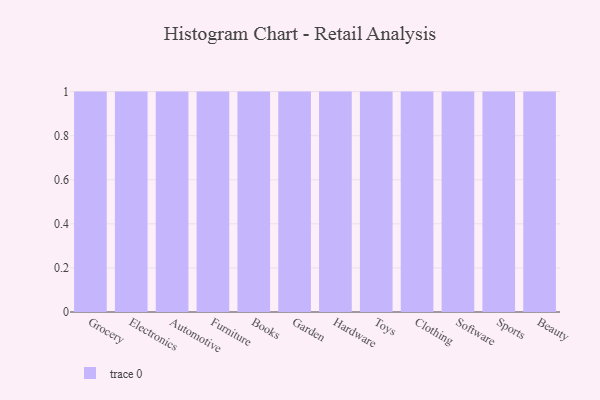
{"axis": {"x": "Category", "y": "Waste Production (Tons)"}, "legend": [""], "data": [{"x": "Grocery", "y": 40, "type": ""}, {"x": "Electronics", "y": 97, "type": ""}, {"x": "Automotive", "y": 63, "type": ""}, {"x": "Furniture", "y": 10, "type": ""}, {"x": "Books", "y": 76, "type": ""}, {"x": "Garden", "y": 10, "type": ""}, {"x": "Hardware", "y": 70, "type": ""}, {"x": "Toys", "y": 65, "type": ""}, {"x": "Clothing", "y": 96, "type": ""}, {"x": "Software", "y": 63, "type": ""}, {"x": "Sports", "y": 39, "type": ""}, {"x": "Beauty", "y": 97, "type": ""}]}